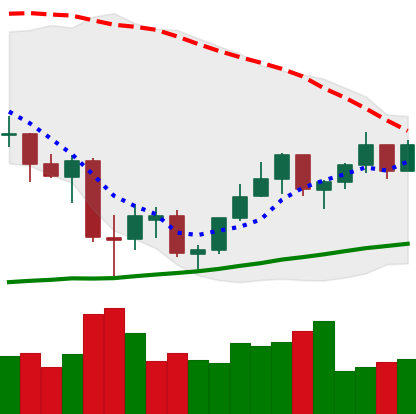
Ticker: ETH-USD
Chart end date: 2021-07-06
Forward return: -7.959%
Label: down_7plus